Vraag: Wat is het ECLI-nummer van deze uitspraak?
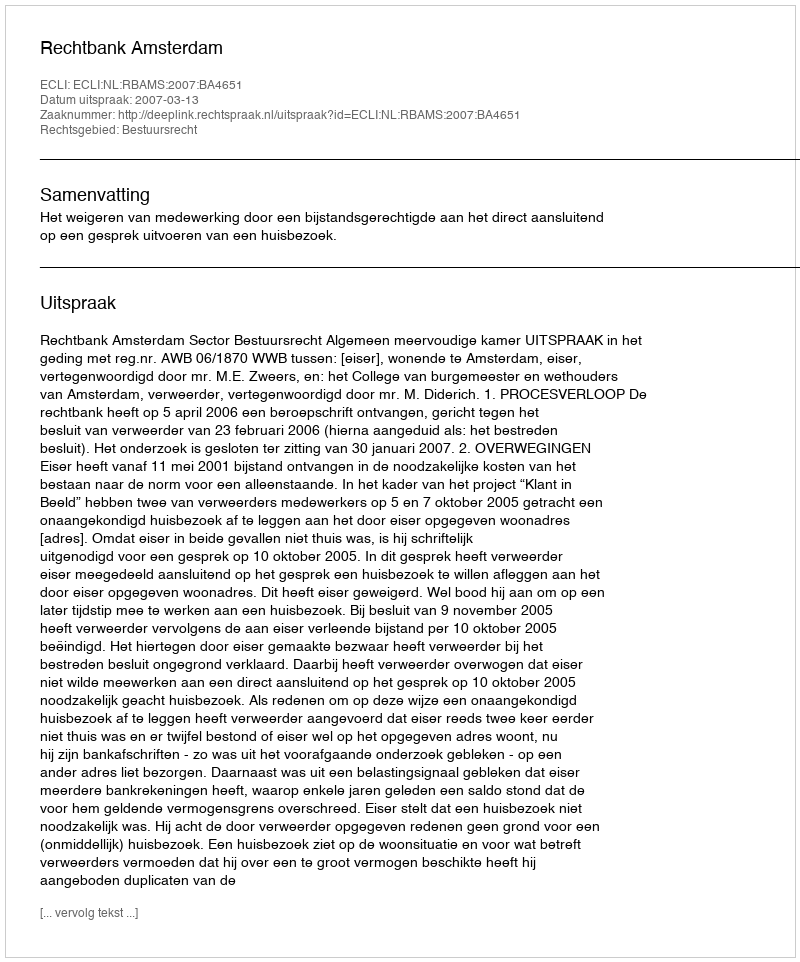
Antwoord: ECLI:NL:RBAMS:2007:BA4651